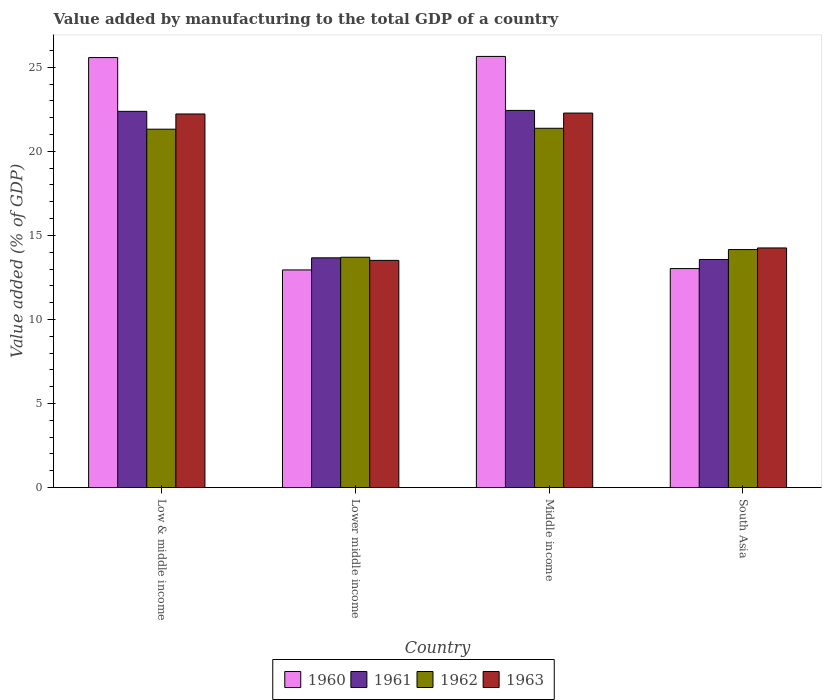
| Country | 1960 | 1961 | 1962 | 1963 |
 | --- | --- | --- | --- | --- |
 | Low & middle income | 25.6 | 22.4 | 21.3 | 22.2 |
 | Lower middle income | 12.9 | 13.7 | 13.7 | 13.5 |
 | Middle income | 25.6 | 22.4 | 21.4 | 22.3 |
 | South Asia | 13 | 13.6 | 14.2 | 14.3 |